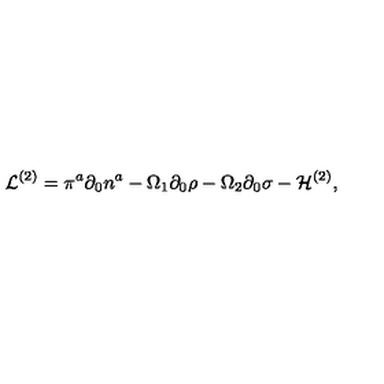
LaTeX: { \cal L } ^ { ( 2 ) } = \pi ^ { a } \partial _ { 0 } { n } ^ { a } - \Omega _ { 1 } \partial _ { 0 } { \rho } - \Omega _ { 2 } \partial _ { 0 } { \sigma } - { \cal H } ^ { ( 2 ) } ,